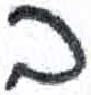
אות: ב